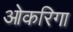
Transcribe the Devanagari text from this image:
ओकरिगा